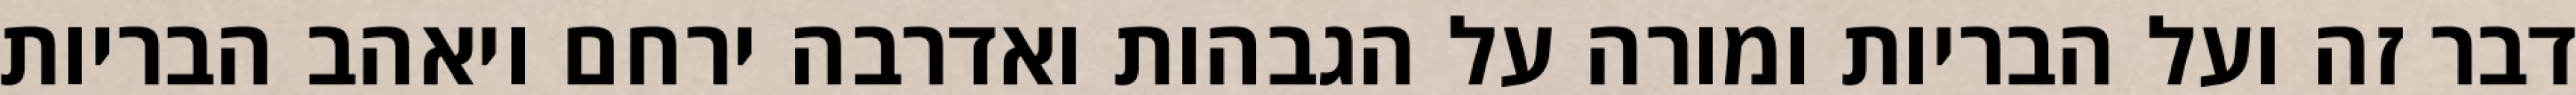
דבר זה ועל הבריות ומורה על הגבהות ואדרבה ירחם ויאהב הבריות